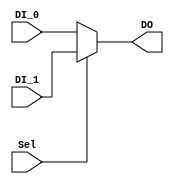
`timescale 1ns / 1ps

module MUX5_2(
    input Sel,
    input [4:0] DI_0,
    input [4:0] DI_1,
    output [4:0] DO
    );

    assign DO = (Sel == 1'b0 ? DI_0 : DI_1);

endmodule